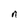
Character: n